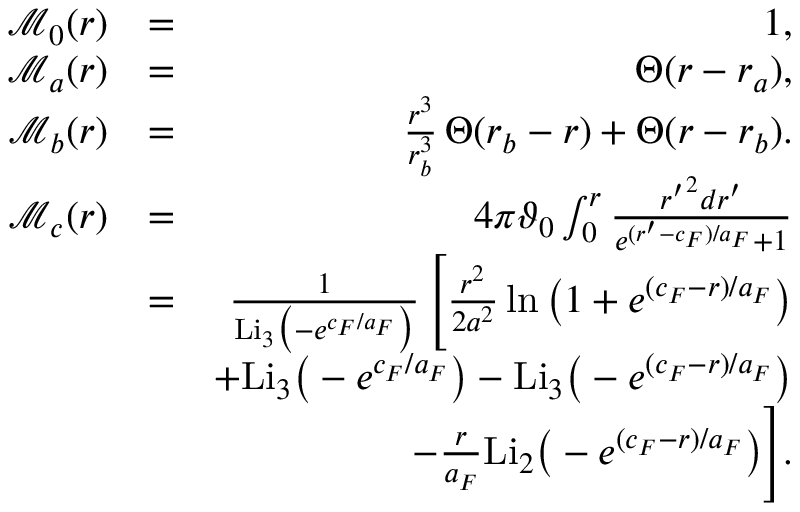
\begin{array} { r l r } { \mathcal { M } _ { 0 } ( r ) } & { = } & { 1 , } \\ { \mathcal { M } _ { a } ( r ) } & { = } & { \Theta ( r - r _ { a } ) , } \\ { \mathcal { M } _ { b } ( r ) } & { = } & { \frac { r ^ { 3 } } { r _ { b } ^ { 3 } } \, \Theta ( r _ { b } - r ) + \Theta ( r - r _ { b } ) . } \\ { \mathcal { M } _ { c } ( r ) } & { = } & { 4 \pi \vartheta _ { 0 } \int _ { 0 } ^ { r } \frac { { r ^ { \prime } } ^ { 2 } d r ^ { \prime } } { e ^ { ( r ^ { \prime } - c _ { F } ) / a _ { F } } + 1 } } \\ & { = } & { \frac { 1 } { \mathrm { L i } _ { 3 } \big ( - e ^ { c _ { F } / a _ { F } } \big ) } \, \Bigg [ \frac { r ^ { 2 } } { 2 a ^ { 2 } } \ln \big ( 1 + e ^ { ( c _ { F } - r ) / a _ { F } } \big ) } \\ & { } & { + \mathrm { L i } _ { 3 } \big ( - e ^ { c _ { F } / a _ { F } } \big ) - \mathrm { L i } _ { 3 } \big ( - e ^ { ( c _ { F } - r ) / a _ { F } } \big ) } \\ & { } & { - \frac { r } { a _ { F } } \mathrm { L i } _ { 2 } \big ( - e ^ { ( c _ { F } - r ) / a _ { F } } \big ) \Bigg ] . } \end{array}